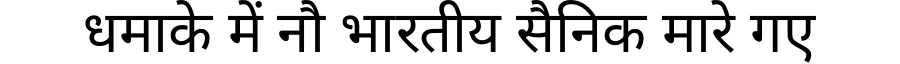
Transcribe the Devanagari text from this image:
धमाके में नौ भारतीय सैनिक मारे गए